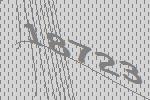
18723